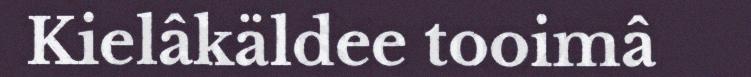
Kielâkäldee tooimâ